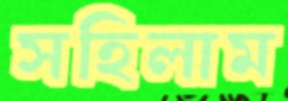
সহিলাম